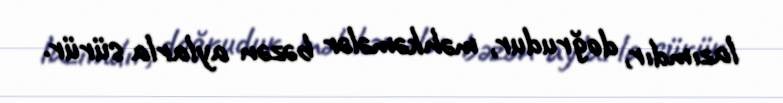
lazımdır, doğrudur, məhkəmələr bəzən aylarla sürür.